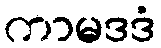
ကာမဒဒံ